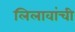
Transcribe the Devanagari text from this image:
लिलावांची